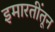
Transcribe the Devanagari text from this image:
इमारतींतून